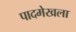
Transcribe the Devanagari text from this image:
पादमेखला